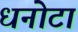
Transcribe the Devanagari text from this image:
धनोटा